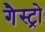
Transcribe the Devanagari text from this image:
गैस्‍ट्रो